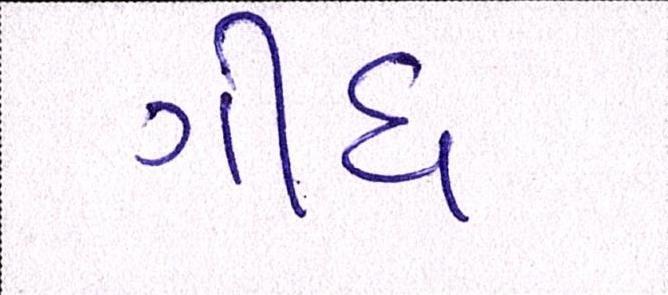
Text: ગીધ